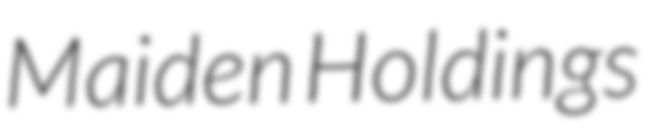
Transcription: Maiden Holdings